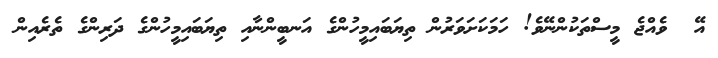
އޭ  ވެއްޖެ މީސްތަކުންނޭވެ! ހަމަކަށަވަރުން ތިޔަބައިމީހުންގެ އަނބީންނާއި ތިޔަބައިމީހުންގެ ދަރިންގެ ތެރެއިން